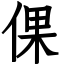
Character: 倮